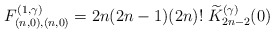
\begin{align*}F^{(1,\gamma)}_{(n,0),(n,0)}=2n(2n-1)(2n)!\;\widetilde{K}^{(\gamma)}_{2n-2}(0)\end{align*}